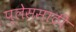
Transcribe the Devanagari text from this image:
प्लेससाठी